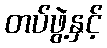
တပ်ဖွဲ့နှင့်